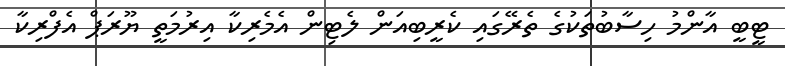
ޓީބީ އާންމު ހިސާބުތަކުގެ ތެރޭގައި ކެރީބިއަން ލެޓިން އެމެރިކާ އިރުމަތީ ޔޫރަޕް އެފްރިކާ